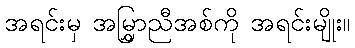
အရင်းမှ အမြွှာညီအစ်ကို အရင်းမျိုး။